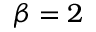
\beta = 2